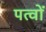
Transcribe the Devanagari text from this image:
पत्वों